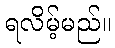
ရလိမ့်မည်။